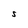
Character: S